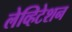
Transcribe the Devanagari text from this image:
लेव्हिटेशन